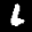
Label: 6